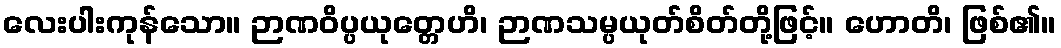
လေးပါးကုန်သော။ ဉာဏဝိပ္ပယုတ္တေဟိ၊ ဉာဏသမ္ပယုတ်စိတ်တို့ဖြင့်။ ဟောတိ၊ ဖြစ်၏။